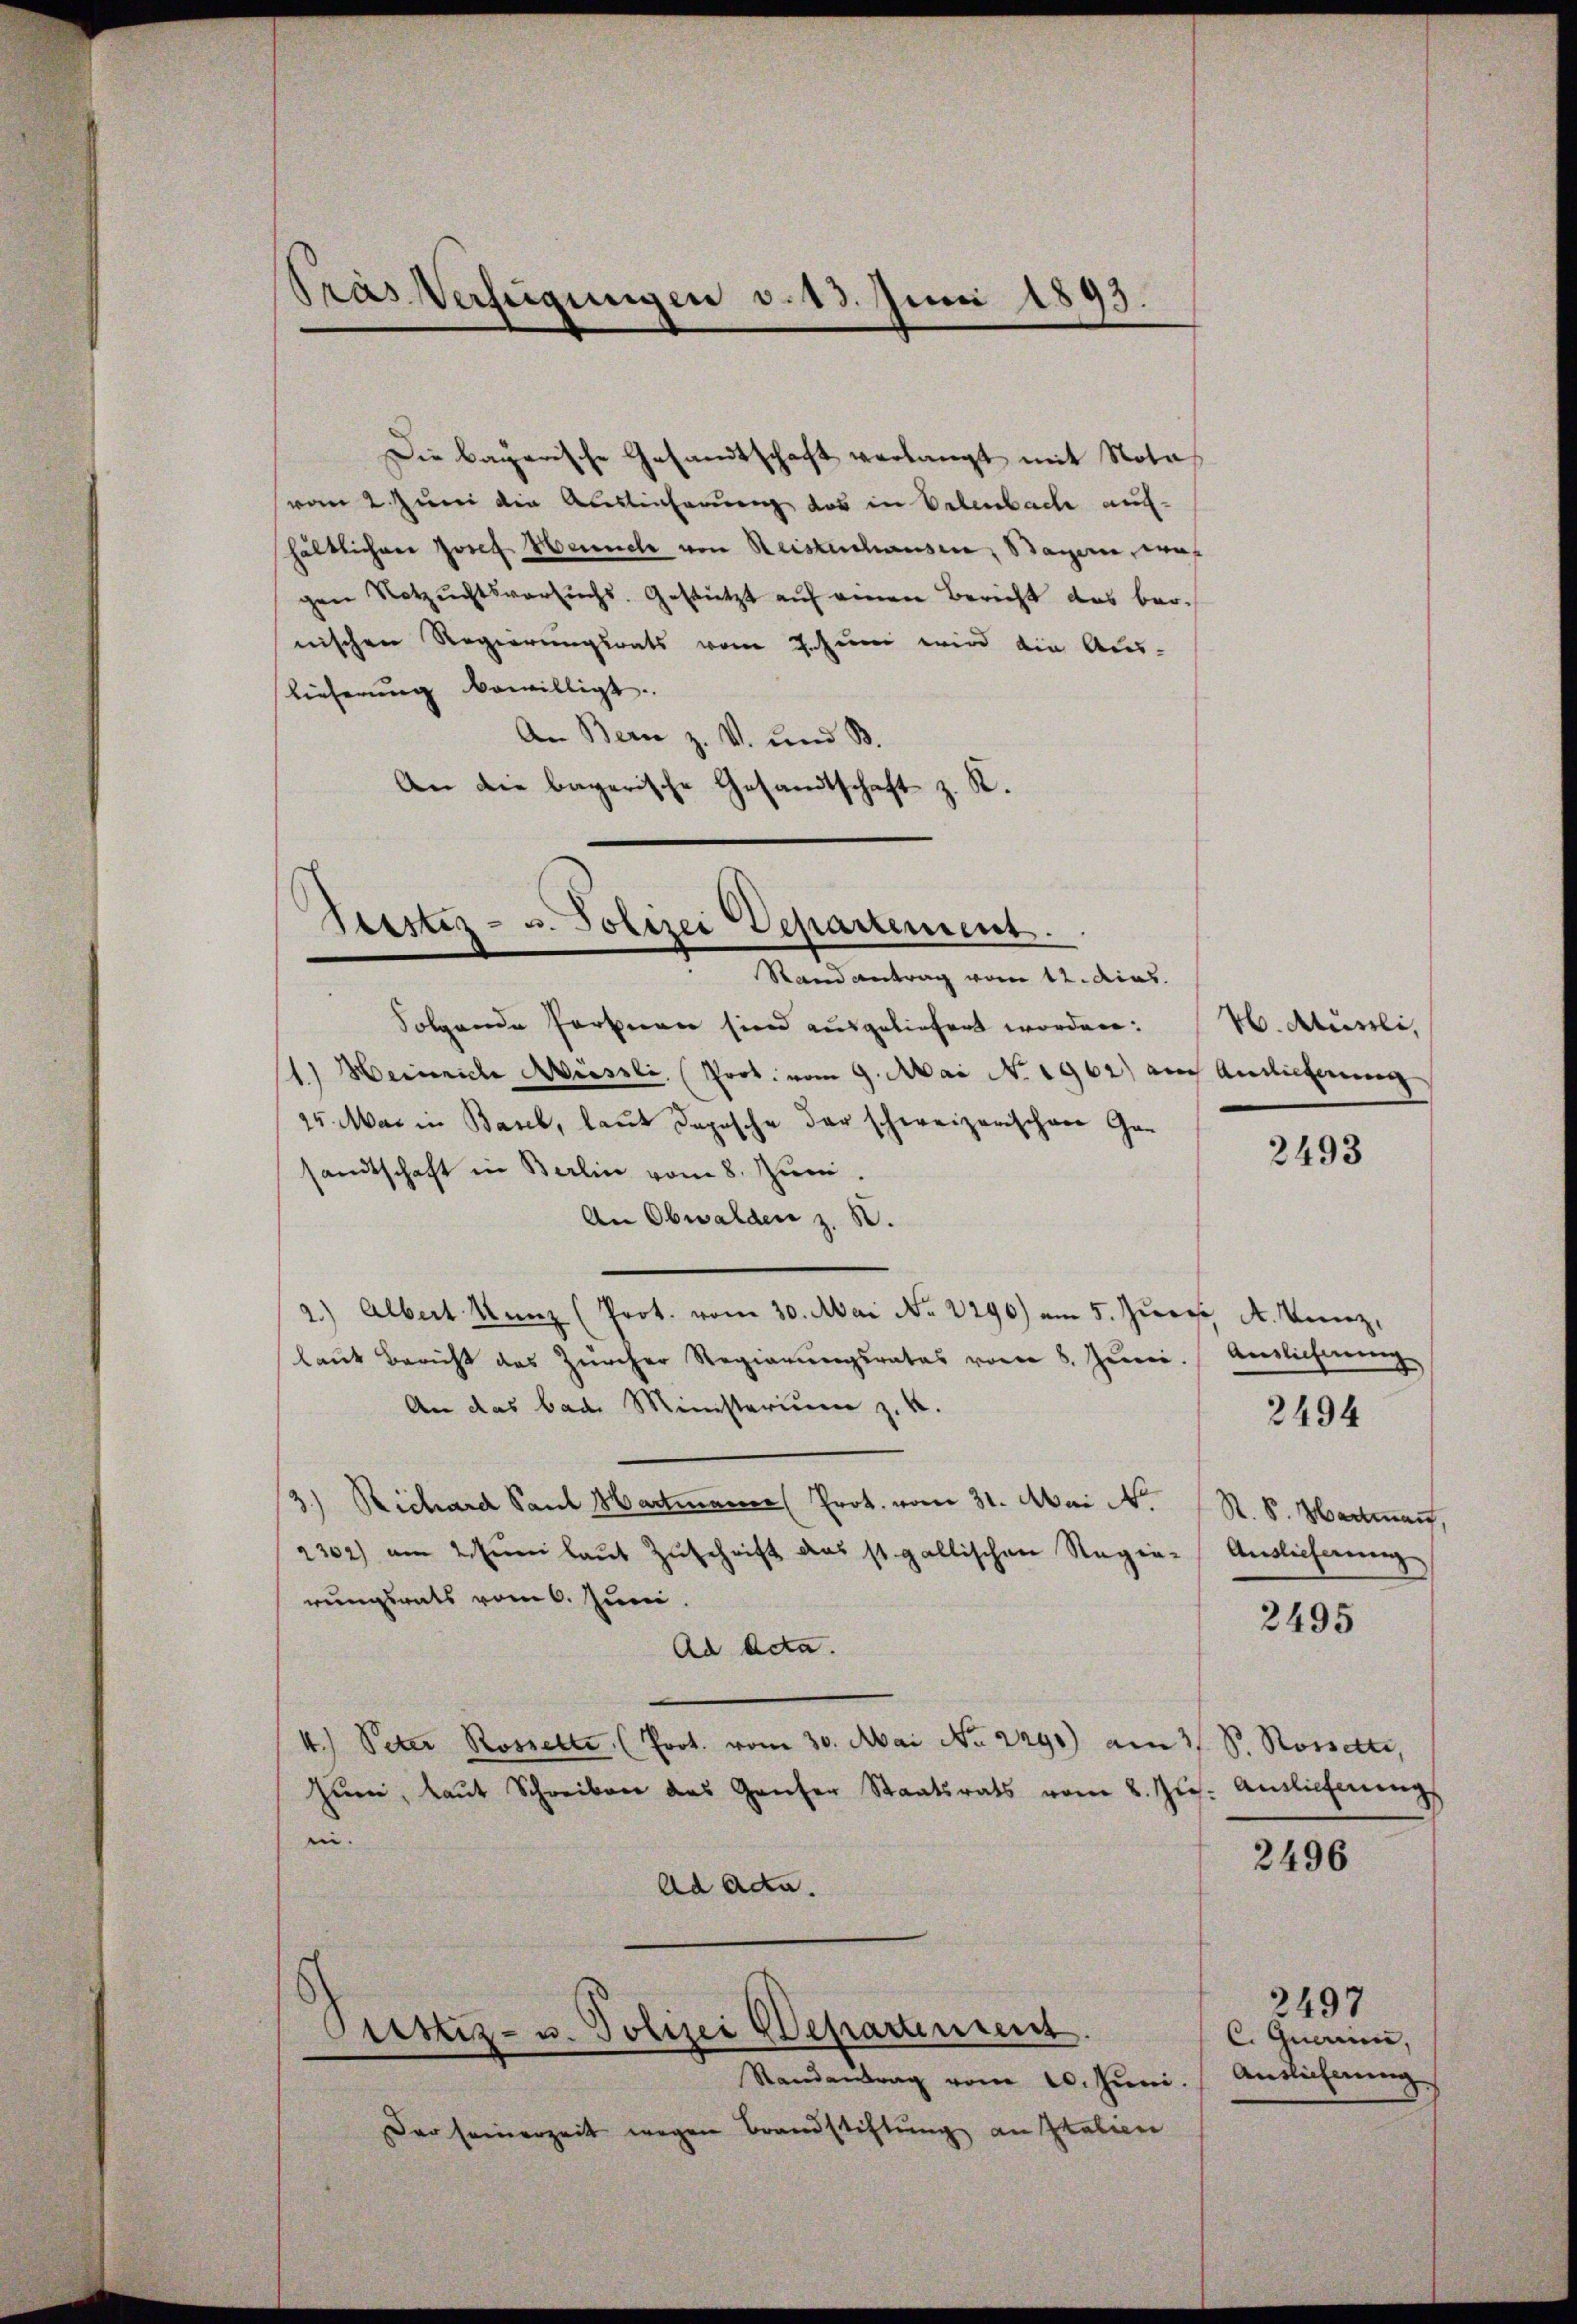
vom 2. Juni die Auslieferung das in Erlenbach aufhältlichen Josef Heunch von Reisterchausen, Bayern, was
gen Notzuchtsversuchs. Gestützt auf einen Bericht das bernischen Regierungsrats vom 7. Juni wird die Aus-
Lieferŭng bewilligt.
An Bern z. V. und B
gesandtschaft z. R.
An die bayerische G.

Pras Verfügungen v. 13. Juni 1893.

Die bayerische Gesandtschaft verlangt mit Nota

Seester- u. Polizei Departement.
Stand antrag vom 12. dies

Folgende Parteien sind ausgeliefert worden: W. Atussli,
1.) Heinriche Miessli, (Prot. vom 9. Mai N. 1962) auch Audieferung
15. Mai in Baul, laut dopische der schweizerischen Gesandtschaft in Berlin vom 8. Juni.
An Obwalden z. B.
2.) Albert Kunz (Prot. vom 30. Mai No 2290) am 5. Juni A. Vierz,
laut Bericht des Zürcher Regierŭngsrates vom 8. Juni. Auslicherung
An das bad Ministerium z. B.
3) Richard Sant Hartmann (Prot. vom 31. Mai 1
2302) am 2. Juni laŭt Zŭschrift das st. gallischen Regie-Auslieferung
rungsrats vom 6. Juni.
Ad Acta.
4.) Peter Rosselte, (Prot. vom 30. Mai No 2290) am 31. P. Rosselte,
hum, laut Schreiber das Ganter Staatsrats vom 8. Jus. Auslieferung
e.
Ad Ada

Stettiz- u. Polizei Departement

Randantrag vom 20. Juni.
Der seinerzeit wegen Brandstiftung an Italien

2493

R. V. Hartmann,

2494

2495

2496

2497
C. Quarum,
Antlicherung